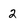
Character: 2